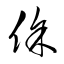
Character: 徐